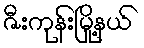
ဇီးကုန်းမြို့နယ်